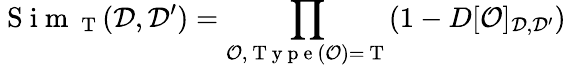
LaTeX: \mathrm{~S~i~m~}_{\mathrm{~T~}}(\mathcal{D},\mathcal{D^{\prime}})=\prod_{\mathcal{O},\mathrm{~T~y~p~e~}(\mathcal{O})=\mathrm{~T~}}(1-D[\mathcal{O}]_{\mathcal{D},\mathcal{D^{\prime}}})